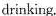
drinking.